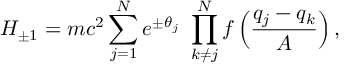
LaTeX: H _ { \pm 1 } = m c ^ { 2 } \sum _ { j = 1 } ^ { N } e ^ { \pm \theta _ { j } } \ \prod _ { k \not = j } ^ { N } f \left( \frac { q _ { j } - q _ { k } } { A } \right) ,